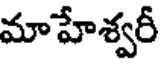
మాహేశ్వరీ